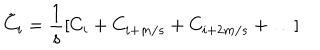
\tilde { C } _ { i } = \frac 1 { s } [ C _ { i } + C _ { i + m / s } + C _ { i + 2 m / s } + \dots ]